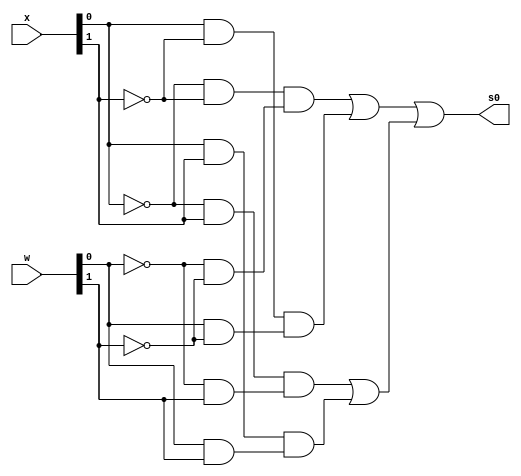
// -------------------------
// Exemplo0023 - COMPARE MODULE 
// Nome: Pedro Henrique Vilar Locatelli 
// ------------------------- 
// ------------------------- 
		module comparator (output s0,
				              input [1:0] w,  
				              input [1:0] x); 
		wire s11, s12, s13;
		wire s21, s22, s23;
		wire s31, s32, s33;
		wire s41, s42, s43;
		wire s51, s52;
		                          // E OS NOMES DAS PORTAS ???
		and (s11, ~w[0], ~w[1]);
		and (s12, ~x[0], ~x[1]);
		and (s13, s12, s11);
		and (s21, w[0], ~w[1]);
		and (s22, x[0], ~x[1]);
		and (s23, s22, s21);
		and (s31, ~w[0], w[1]);
		and (s32, ~x[0], x[1]);
		and (s33, s32, s31);
		and (s41, w[0], w[1]);
		and (s42, x[0], x[1]);
		and (s43, s42, s41);
		or (s51, s13, s23);
		or (s52, s33, s43);
		or (s0, s51, s52);
		 
		endmodule // comparator 
		
	module test_fullAdder; 
// ------------------------- definir dados 
		reg [5:0] y; 
		reg [5:0] z; 
		wire s1;
		wire s2;
		wire s3;
		wire s12;
		wire s0f;
		
		comparator hana (s1, y[1:0], z[1:0]);
		comparator hinagiku (s2, y[3:2], z[3:2]);
		comparator bakemonohana (s3, y[5:4], z[5:4]);
		and (s12, s1, s2);
		and (s0f, s12, s3);
		
// ------------------------- parte principal 
	initial begin 
		$display("Exemplo0023 - Pedro Henrique Vilar Locatelli - 427453"); 
		$display("Test ALU's compare module"); 
		
		// projetar testes do somador complete
		
		#1 y = 6'b000001; z = 6'b000001;
				
		$monitor("%b comparar por igual %b = %b", y, z, s0f ); 
		
		#2 y = 6'b000100; z = 6'b000001;
		#3 y = 6'b010000; z = 6'b000111;
		
	end 
endmodule // test_fullAdder